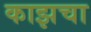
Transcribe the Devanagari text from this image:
काझचा